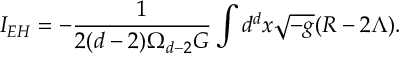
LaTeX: I _ { E H } = - \frac { 1 } { 2 ( d - 2 ) \Omega _ { d - 2 } G } \int d ^ { d } x \sqrt { - g } ( R - 2 \Lambda ) .